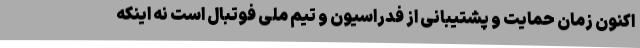
اکنون زمان حمایت و پشتیبانی از فدراسیون و تیم ملی فوتبال است نه اینکه